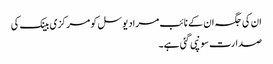
ان کی جگہ ان کے نائب مراد یوسل کو مرکزی بینک کی
صدارت سونپی گئی ہے۔